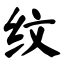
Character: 纹